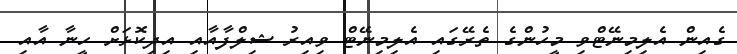
ގެއިން އެލިމިނޭޓްވި މީހުންގެ ތެރޭގައި އެލިމިނޭޓް ވިއިރު ޝިލްފާއާއި އިދިކޮޅަށް ހީނާ އާއި